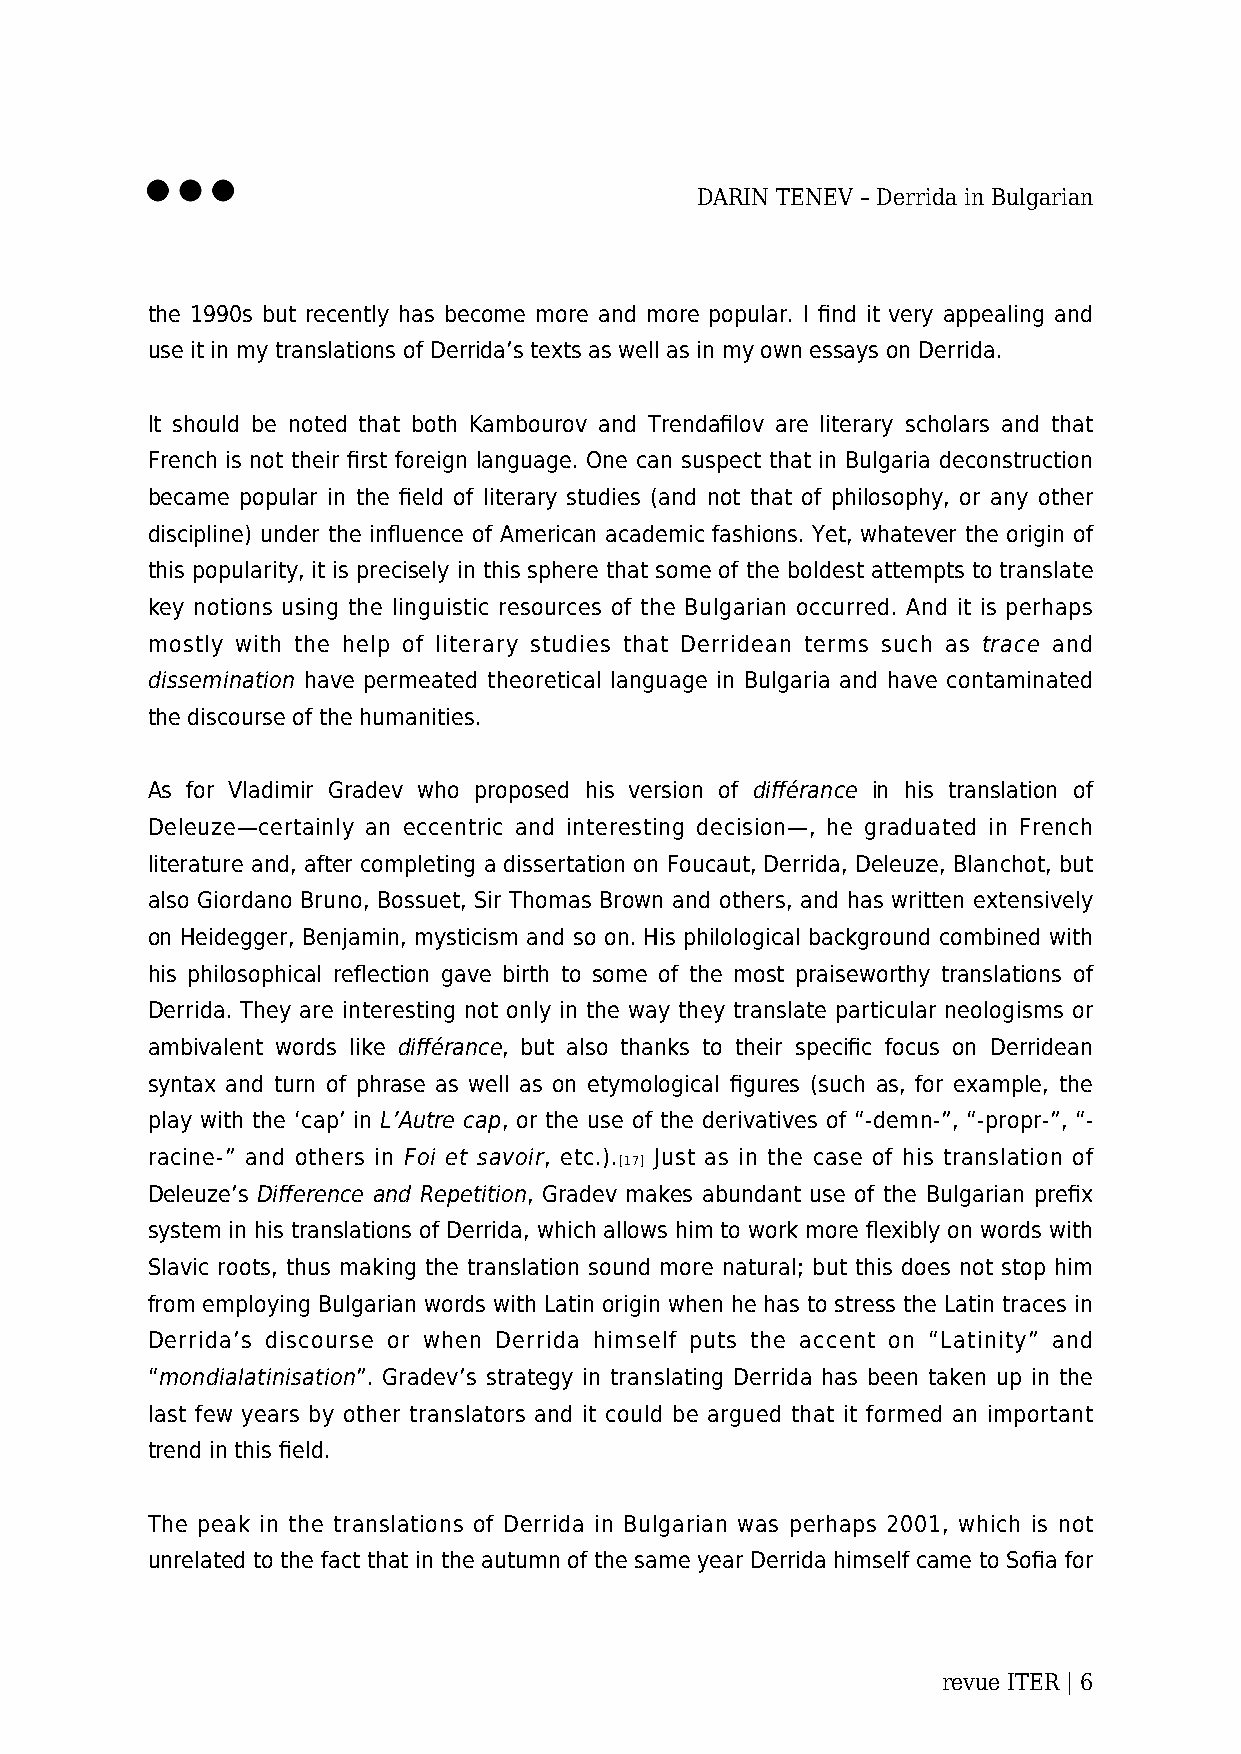
DARIN TENEV – Derrida in Bulgarian
 the 1990s but recently has become more and more popular. I find it very appealing and
 use it in my translations of Derrida’s texts as well as in my own essays on Derrida.
 It should be noted that both Kambourov and Trendafilov are literary scholars and that
 French is not their first foreign language. One can suspect that in Bulgaria deconstruction
 became popular in the field of literary studies (and not that of philosophy, or any other
 discipline) under the influence of American academic fashions. Yet, whatever the origin of
 this popularity, it is precisely in this sphere that some of the boldest attempts to translate
 key notions using the linguistic resources of the Bulgarian occurred. And it is perhaps
 mostly with the help of literary studies that Derridean terms such as trace and
 dissemination have permeated theoretical language in Bulgaria and have contaminated
 the discourse of the humanities.
 As for Vladimir Gradev who proposed his version of différance in his translation of
 Deleuze—certainly an eccentric and interesting decision—, he graduated in French
 literature and, after completing a dissertation on Foucaut, Derrida, Deleuze, Blanchot, but
 also Giordano Bruno, Bossuet, Sir Thomas Brown and others, and has written extensively
 on Heidegger, Benjamin, mysticism and so on. His philological background combined with
 his philosophical reflection gave birth to some of the most praiseworthy translations of
 Derrida. They are interesting not only in the way they translate particular neologisms or
 ambivalent words like différance, but also thanks to their specific focus on Derridean
 syntax and turn of phrase as well as on etymological figures (such as, for example, the
 play with the ‘cap’ in L’Autre cap, or the use of the derivatives of “-demn-”, “-propr-”, “-
 racine-” and others in Foi et savoir, etc.). Just as in the case of his translation of
 [17]
 Deleuze’s Difference and Repetition, Gradev makes abundant use of the Bulgarian prefix
 system in his translations of Derrida, which allows him to work more flexibly on words with
 Slavic roots, thus making the translation sound more natural; but this does not stop him
 from employing Bulgarian words with Latin origin when he has to stress the Latin traces in
 Derrida’s discourse or when Derrida himself puts the accent on “Latinity” and
 “mondialatinisation”. Gradev’s strategy in translating Derrida has been taken up in the
 last few years by other translators and it could be argued that it formed an important
 trend in this field.
 The peak in the translations of Derrida in Bulgarian was perhaps 2001, which is not
 unrelated to the fact that in the autumn of the same year Derrida himself came to Sofia for
 revue ITER | 6